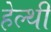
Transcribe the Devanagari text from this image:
हेल्थी